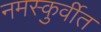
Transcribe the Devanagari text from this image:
नमस्कुर्वीत